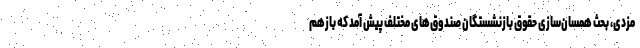
مزدی، بحث همسان‌سازی حقوق بازنشستگان صندوق‌های مختلف پیش آمد که بازهم